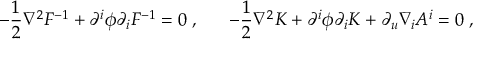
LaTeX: - { \frac { 1 } { 2 } } \nabla ^ { 2 } F ^ { - 1 } + \partial ^ { i } \phi \partial _ { i } F ^ { - 1 } = 0 \ , \ \ \ \ \ - { \frac { 1 } { 2 } } \nabla ^ { 2 } K + \partial ^ { i } \phi \partial _ { i } K + \partial _ { u } \nabla _ { i } { \cal A } ^ { i } = 0 \ ,